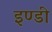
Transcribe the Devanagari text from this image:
इण्डी